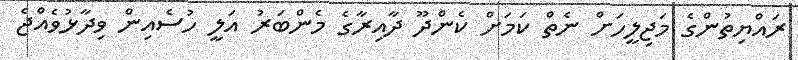
ރައްޔިތުންގެ މަޖިލީހަށް ނެތް ކަމަށް ކެންދޫ ދާއިރާގެ މެންބަރު އަލީ ހުސެއިން ވިދާޅުވެއްޖެ